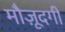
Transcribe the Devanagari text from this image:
मौज़ूदगी